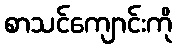
စာသင်ကျောင်းကို